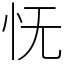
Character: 怃